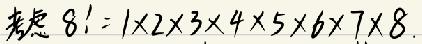
8!=1\times2\times3\times4\times5\times6\times7\times8